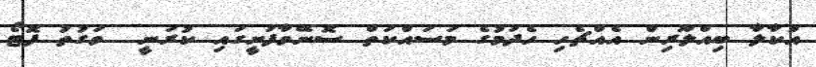
އުކާލާ ބިއްލޫރިން އެއްޗެހި ހެދުމުގެ މަސައްކަތް ސޮނޭވާފުށީގައި ކުރަނީ  ވަގުތު ފޮޓޯ